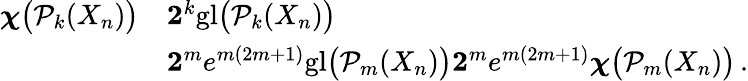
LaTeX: \begin{array}{rl}{\boldsymbol{\chi}\big(\mathcal{P}_{k}(X_{n})\big)}&{\le 2^{k}{\mathrm{gl}}\big(\mathcal{P}_{k}(X_{n})\big)}\\ &{\le 2^{m}e^{m(2m+1)}{\mathrm{gl}}\big(\mathcal{P}_{m}(X_{n})\big)\le 2^{m}e^{m(2m+1)}\boldsymbol{\chi}\big(\mathcal{P}_{m}(X_{n})\big)\, .}\end{array}